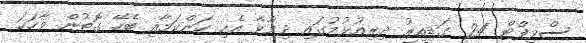
ސްވިފްޓް 24 ގަޑިއިރު ދިރިއުޅުމުގައި ދިމާވާ އެކި ކަންކަމާއި ބެހޭ ގޮތުން ވާހަކަ